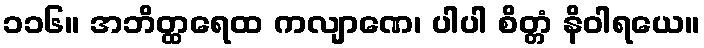
၁၁၆။ အဘိတ္ထရေထ ကလျာဏေ၊ ပါပါ စိတ္တံ နိဝါရယေ။